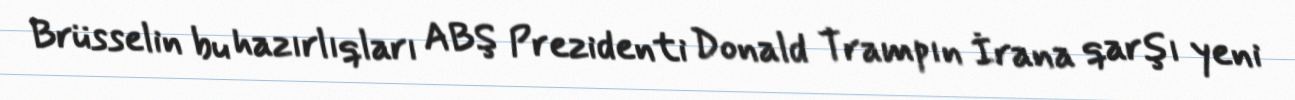
Brüsselin bu hazırlıqları ABŞ Prezidenti Donald Trampın İrana qarşı yeni